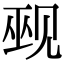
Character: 觋